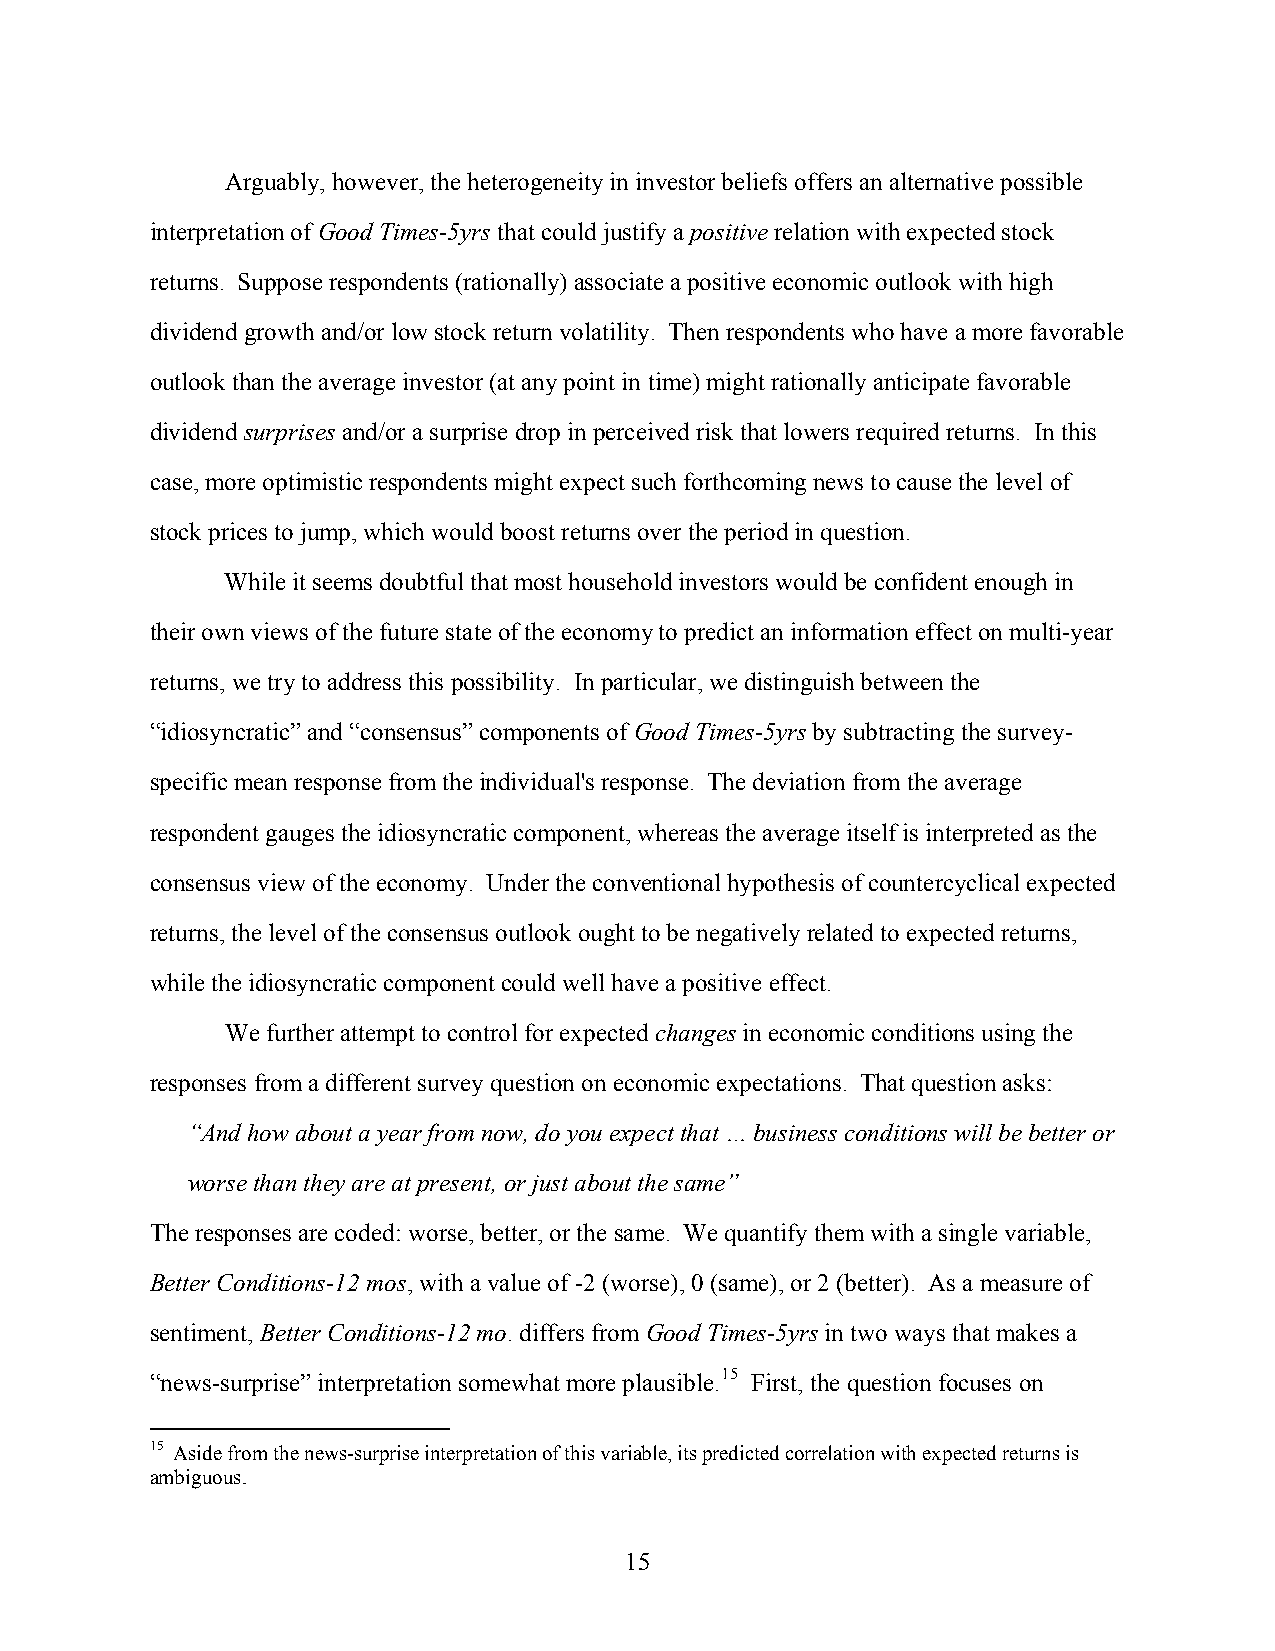
Arguably, however, the heterogeneity in investor beliefs offers an alternative possible
 interpretation of Good Times-5yrs that could justify a positive relation with expected stock
 returns. Suppose respondents (rationally) associate a positive economic outlook with high
 dividend growth and/or low stock return volatility. Then respondents who have a more favorable
 outlook than the average investor (at any point in time) might rationally anticipate favorable
 dividend surprises and/or a surprise drop in perceived risk that lowers required returns. In this
 case, more optimistic respondents might expect such forthcoming news to cause the level of
 stock prices to jump, which would boost returns over the period in question.
 While it seems doubtful that most household investors would be confident enough in
 their own views of the future state of the economy to predict an information effect on multi-year
 returns, we try to address this possibility. In particular, we distinguish between the
 “idiosyncratic” and “consensus” components of Good Times-5yrs by subtracting the survey-
 specific mean response from the individual's response. The deviation from the average
 respondent gauges the idiosyncratic component, whereas the average itself is interpreted as the
 consensus view of the economy. Under the conventional hypothesis of countercyclical expected
 returns, the level of the consensus outlook ought to be negatively related to expected returns,
 while the idiosyncratic component could well have a positive effect.
 We further attempt to control for expected changes in economic conditions using the
 responses from a different survey question on economic expectations. That question asks:
 “And how about a year from now, do you expect that … business conditions will be better or
 worse than they are at present, or just about the same”
 The responses are coded: worse, better, or the same. We quantify them with a single variable,
 Better Conditions-12 mos, with a value of -2 (worse), 0 (same), or 2 (better). As a measure of
 sentiment, Better Conditions-12 mo. differs from Good Times-5yrs in two ways that makes a
 “news-surprise” interpretation somewhat more plausible.15 First, the question focuses on
 15 Aside from the news-surprise interpretation of this variable, its predicted correlation with expected returns is
 ambiguous.
 15